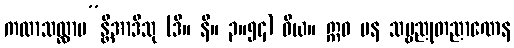
ကထာသလ္လာပ”န္တိအာဒီသု (ဒီ။ နိ။ ၃။၅၄) ဝိယ။ ဣဓ ပန သဗ္ဗညုတညာဏေန